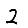
Digit: 2